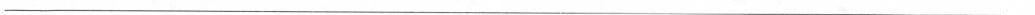
___